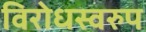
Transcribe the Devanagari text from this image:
विरोधस्वरुप